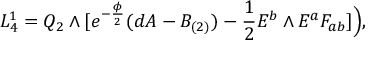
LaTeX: { \cal L } _ { 4 } ^ { 1 } = Q _ { 2 } \wedge [ e ^ { - { \frac { \phi } { 2 } } } ( d A - B _ { ( 2 ) } ) - { \frac { 1 } { 2 } } E ^ { b } \wedge E ^ { a } F _ { a b } ] \Big ) ,